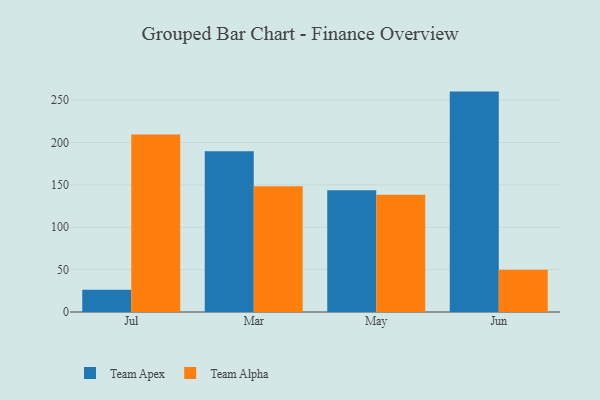
{"axis": {"x": "Month", "y": "Net Income (USD K)"}, "legend": ["Team Alpha", "Team Apex"], "data": [{"x": "Jul", "y": 26.4, "type": "Team Apex"}, {"x": "Jul", "y": 209.5, "type": "Team Alpha"}, {"x": "Mar", "y": 189.7, "type": "Team Apex"}, {"x": "Mar", "y": 148.4, "type": "Team Alpha"}, {"x": "May", "y": 143.7, "type": "Team Apex"}, {"x": "May", "y": 138.5, "type": "Team Alpha"}, {"x": "Jun", "y": 260.1, "type": "Team Apex"}, {"x": "Jun", "y": 50.0, "type": "Team Alpha"}]}